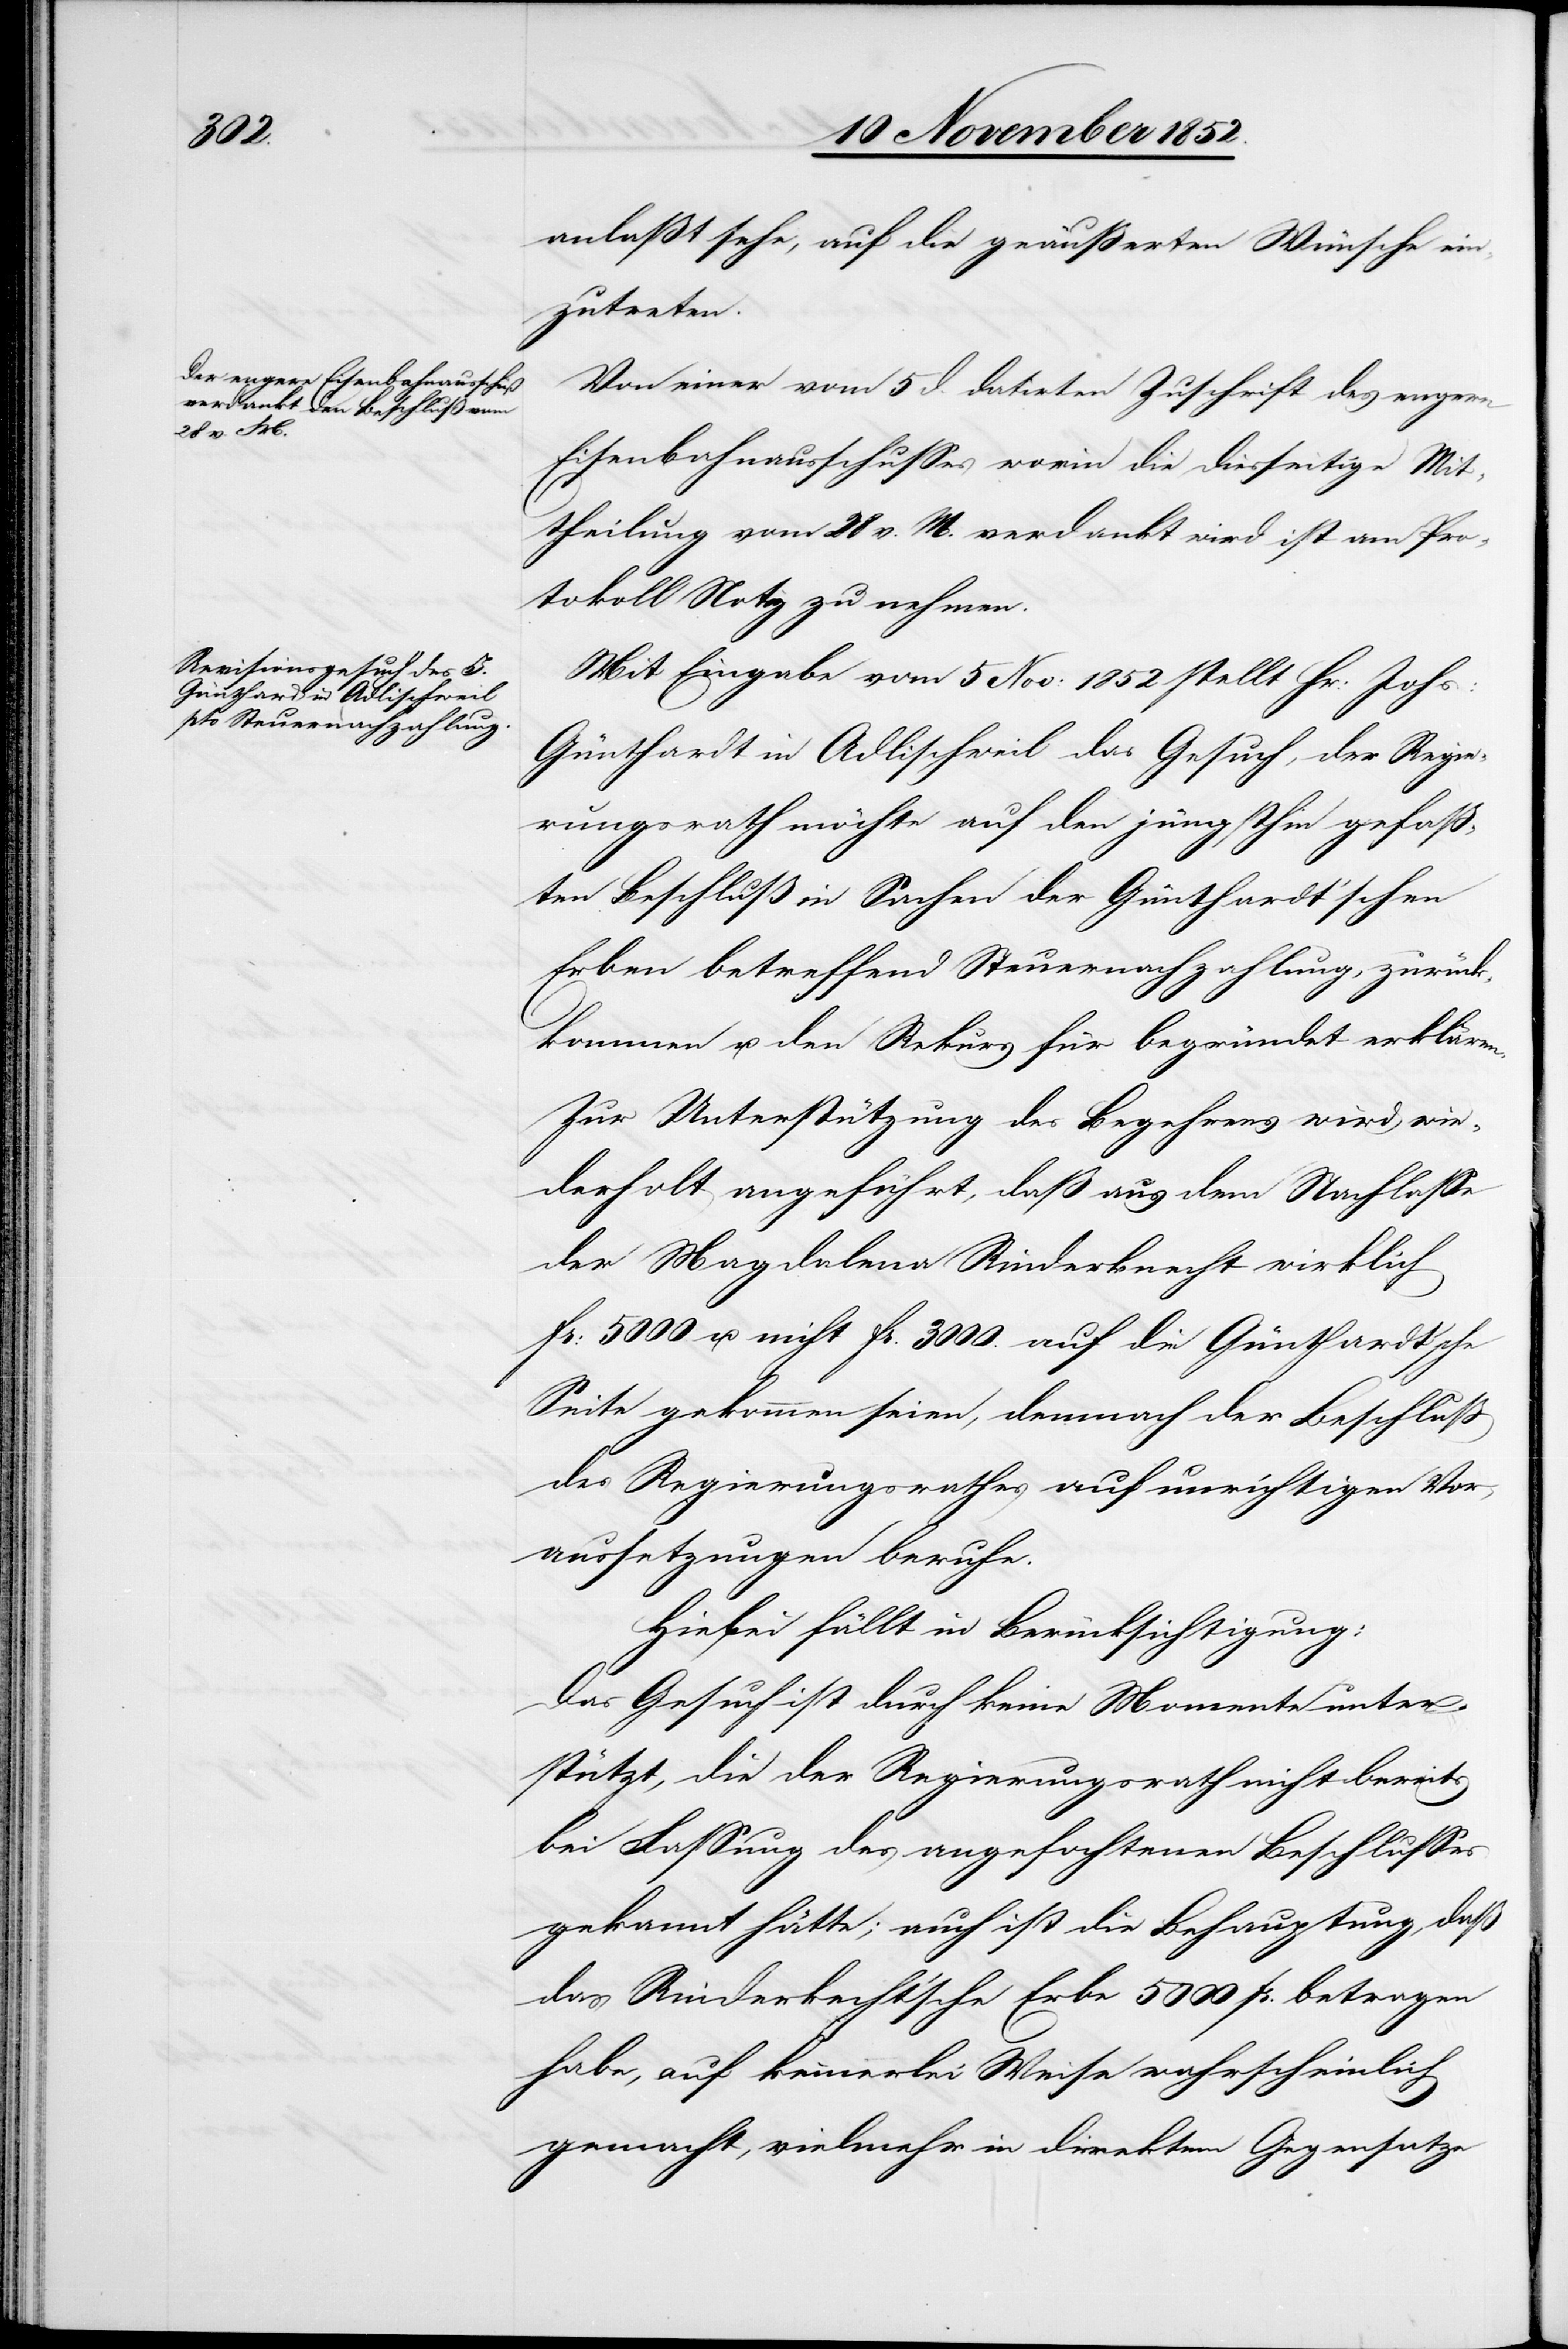
anlaßt sehe, auf die geäußerten Wünsche ein¬
zutreten.
Von einer vom 5 d. datirten Zuschrift des engern
Eisenbahnausschusses worin die diesseitige Mit¬
theilung vom 28 v. M. verdankt wird ist am Pro¬
tokoll Notiz zu nehmen.
Mit Eingabe vom 5 Nov: 1852 stellt Hr: Johs:
[sic!] in Adlischweil das Gesuch, der Regie¬
rungsrath möchte auf den jüngsthin gefaß¬
ten Beschluß in Sachen der Günthardt’schen
Erben betreffend Steuernachzahlung, zurück¬
kommen u. den Rekurs für begründet erklären.
Zur Unterstützung des Begehrens wird wie¬
derholt angeführt, daß aus dem Nachlasse
der Magdalena Rinderknecht wirklich
Fr: 5000 u. nicht Fr. 3000. auf die Günthardt’sche
Seite gekommen seien, demnach der Beschluß
des Regierungsrathes auf unrichtigen Vor¬
aussetzungen beruhe.
Hiebei fällt in Berücksichtigung:
Das Gesuch ist durch keine Momente unter¬
stützt, die der Regierungsrath nicht bereits
bei Fassung des angefochtenen Beschlusses
gekannt hätte; auch ist die Behauptung, daß
das Rinderknecht’sche Erbe 5000 Fr. betragen
habe, auf keinerlei Weise wahrscheinlich
gemacht, vielmehr in direktem Gegensatze